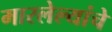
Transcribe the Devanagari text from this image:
मारलेल्यांचे